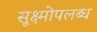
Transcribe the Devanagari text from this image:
सूक्ष्मोपलब्ध